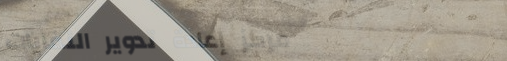
مركز إعادة تدوير النفايات